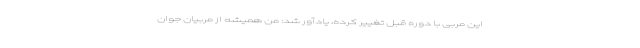
این مربی با دوره قبل تغییر کرده، یادآور شد: من همیشه از مربیان جوان